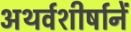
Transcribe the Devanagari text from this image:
अथर्वशीर्षानें